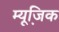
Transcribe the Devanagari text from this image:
म्‍यूजि़क